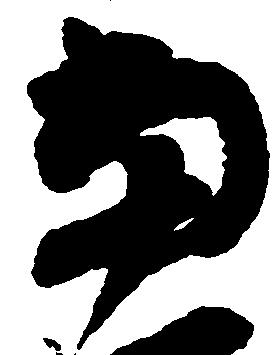
当